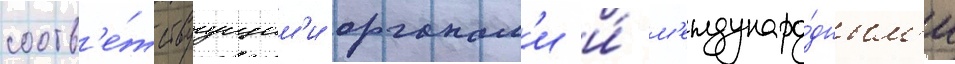
соотв'е́тствуущим'и органам'и и́ м'еждунаро́дным'и